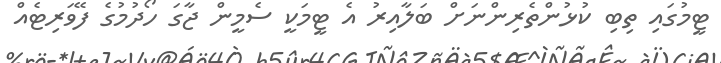
ޓީމުގައި ތިބި ކުޅުންތެރިންނަށް ބަލާއިރު އެ ޓީމަކީ ސެމީން ޖާގަ ހޯދުމުގެ ފޭވަރިޓެއް